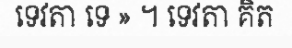
ទេវតា ទេ » ។ ទេវតា គិត